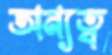
অন্যত্ব